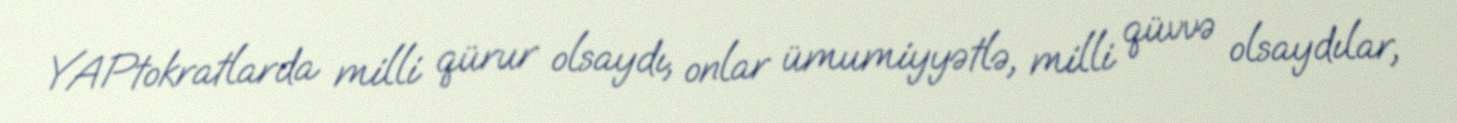
YAPtokratlarda milli qürur olsaydı, onlar ümumiyyətlə, milli qüvvə olsaydılar,